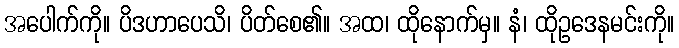
အပေါက်ကို။ ပိဒဟာပေသိ၊ ပိတ်စေ၏။ အထ၊ ထိုနောက်မှ။ နံ၊ ထိုဥဒေနမင်းကို။